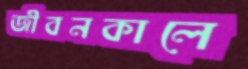
জীবনকালে